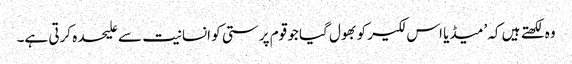
وہ لکھتے ہیں کہ ’میڈیا اس لکیر کو بھول گیا جو قوم پرستی کو انسانیت سے علیحدہ کرتی ہے۔